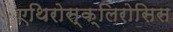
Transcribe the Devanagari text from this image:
एथिरोस्क्लिरोसिस